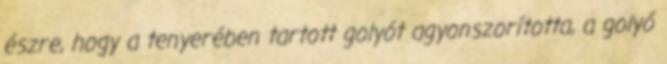
észre, hogy a tenyerében tartott golyót agyonszorította, a golyó